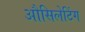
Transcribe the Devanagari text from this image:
औसिलेटिंग